Civil Veterinary Department ledger series I-VI
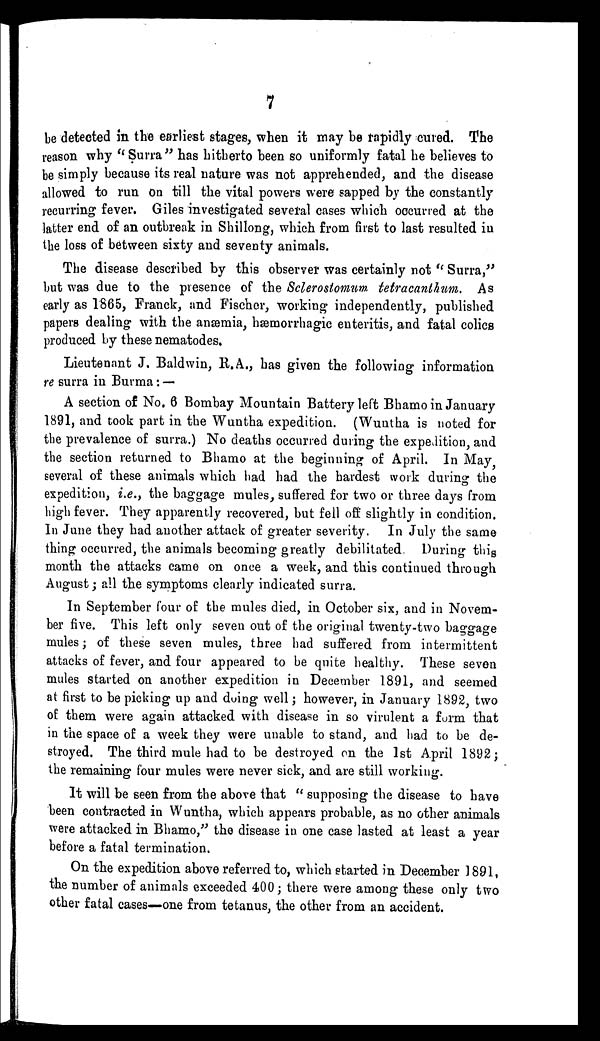
7
be detected in the earliest stages, when it may be rapidly cured. The
reason why "Surra" has hitherto been so uniformly fatal he believes to
be simply because its real nature was not apprehended, and the disease
allowed to run on till the vital powers were sapped by the constantly
recurring fever. Giles investigated several cases which occurred at the
latter end of an outbreak in Shillong, which from first to last resulted in
the loss of between sixty and seventy animals.
The disease described by this observer was certainly not "Surra,"
but was due to the presence of the Sclerostomum tetracanthum. As
early as 1865, Franck, and Fischer, working independently, published
papers dealing with the anæmia, hæmorrhagic enteritis, and fatal colics
produced by these nematodes.
Lieutenant J. Baldwin, R.A., has given the following information
re surra in Burma:—
A section of No. 6 Bombay Mountain Battery left Bhamo in January
1891, and took part in the Wuntha expedition. (Wuntha is noted for
the prevalence of surra.) No deaths occurred during the expedition, and
the section returned to Bhamo at the beginning of April. In May,
several of these animals which had had the hardest work during the
expedition, i.e., the baggage mules, suffered for two or three days from
high fever. They apparently recovered, but fell off slightly in condition.
In June they had another attack of greater severity. In July the same
thing occurred, the animals becoming greatly debilitated. During this
month the attacks came on once a week, and this continued through
August; all the symptoms clearly indicated surra.
In September four of the mules died, in October six, and in Novem-
ber five. This left only seven out of the original twenty-two baggage
mules; of these seven mules, three had suffered from intermittent
attacks of fever, and four appeared to be quite healthy. These seven
mules started on another expedition in December 1891, and seemed
at first to be picking up and doing well; however, in January 1892, two
of them were again attacked with disease in so virulent a form that
in the space of a week they were unable to stand, and had to be de-
stroyed. The third mule had to be destroyed on the 1st April 1892;
the remaining four mules were never sick, and are still working.
It will be seen from the above that "supposing the disease to have
been contracted in Wuntha, which appears probable, as no other animals
were attacked in Bhamo," the disease in one case lasted at least a year
before a fatal termination.
On the expedition above referred to, which started in December 1891,
the number of animals exceeded 400; there were among these only two
other fatal cases—one from tetanus, the other from an accident.